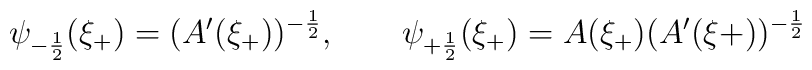
\psi_{-\frac{1}{2}}(\xi_{+}) = (A'(\xi_{+}))^{-\frac{1}{2}}, \qquad\psi_{+\frac{1}{2}}(\xi_{+}) = A(\xi_{+})(A'(\xi{+}))^{-\frac{1}{2}}